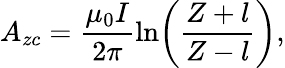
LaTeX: A_{zc}=\frac{\mu_{0}I}{2\pi}\ln\! \left(\frac{Z+l}{Z-l}\right),